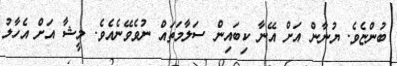
ބުންޏެވެ. ޔުނާން އަށް އޭނާ ކިބައިން ސަލާމަތައް ނުވެވޭނެއެވެ. މީޝާ އަށް އެހާލު